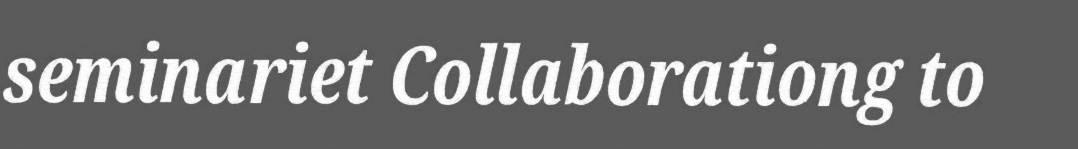
seminariet Collaborationg to